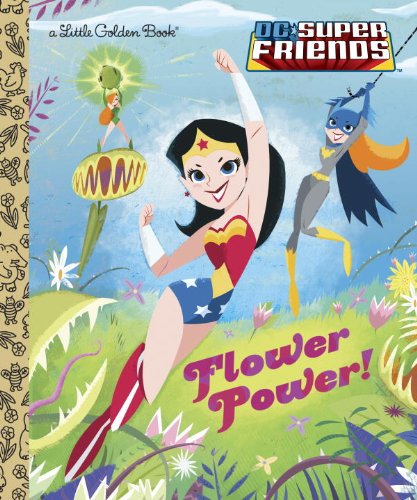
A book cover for Flower Power! (DC Super Friends) (Little Golden Book); Courtney Carbone; Children's Books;